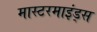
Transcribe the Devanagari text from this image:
मास्टरमाइंड्स